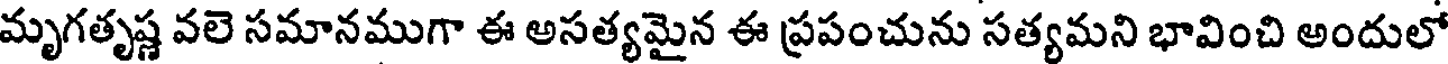
మృగతృష్ణ వలె సమానముగా ఈ అసత్యమైన ఈ ప్రపంచును సత్యమని భావించి అందులో